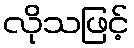
လိုသဖြင့်